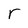
Character: r